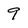
Character: 9